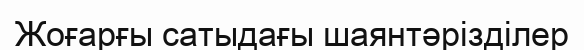
Жоғарғы сатыдағы шаянтәрізділер